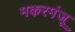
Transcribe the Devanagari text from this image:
मकरमंजू